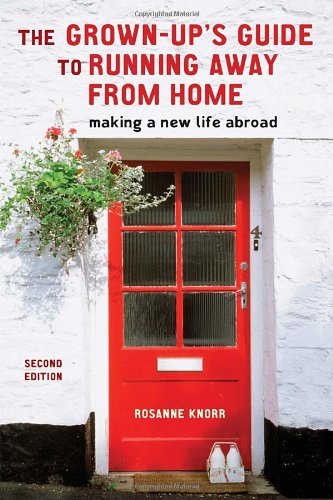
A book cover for The Grown-Up's Guide to Running Away from Home: Making a New Life Abroad; Rosanne Knorr; Travel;